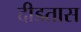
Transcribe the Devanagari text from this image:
दीडतास